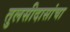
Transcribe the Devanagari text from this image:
तुलसीदासांचा